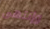
وإنتهى